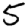
Digit: 5